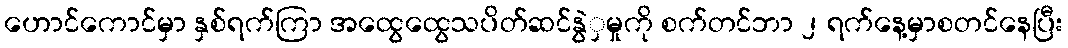
ဟောင်ကောင်မှာ နှစ်ရက်ကြာ အထွေထွေသပိတ်ဆင်နွဲှမှုကို စက်တင်ဘာ ၂ ရက်နေ့မှာစတင်နေပြီး